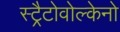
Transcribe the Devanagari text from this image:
स्ट्रैटोवोल्केनो